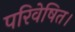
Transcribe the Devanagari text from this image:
परिवेषित।